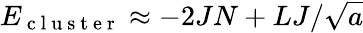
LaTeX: E_{\mathrm{~c~l~u~s~t~e~r~}}\approx-2JN+LJ/\sqrt{a}